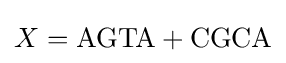
X={\text{AGTA}}+{\text{CGCA}}